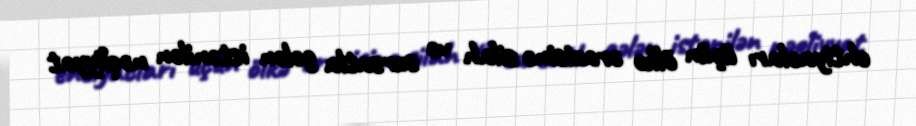
ehtiyacları üçün ölkə ərazisinə silah və sursatla gələn istənilən nəqliyyat